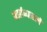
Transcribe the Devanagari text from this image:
वर्झाव्यातले